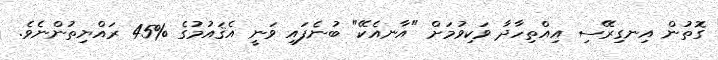
ގޮތުން އިނގިރޭސި އިއްތިހާދާ ވަކިވުމަށް "އާނއެކޭ" ބުނެފައި ވަނީ އެޤައުމުގެ %45 ރައްޔިތުންނެވެ.